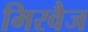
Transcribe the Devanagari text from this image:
मिरवैज